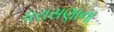
ધરાસણાના